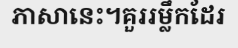
ភាសានេះ។គួររម្លឹកដែរ